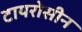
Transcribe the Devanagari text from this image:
टायरोसीन